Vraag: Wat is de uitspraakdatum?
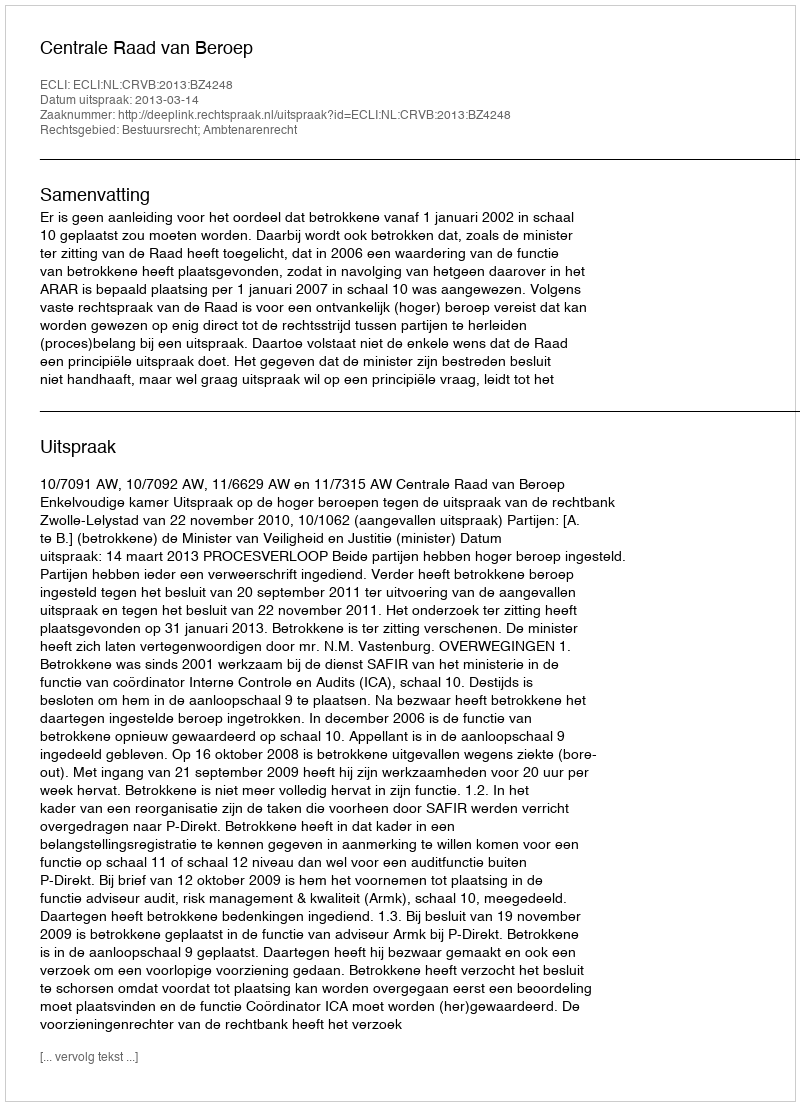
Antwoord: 2013-03-14